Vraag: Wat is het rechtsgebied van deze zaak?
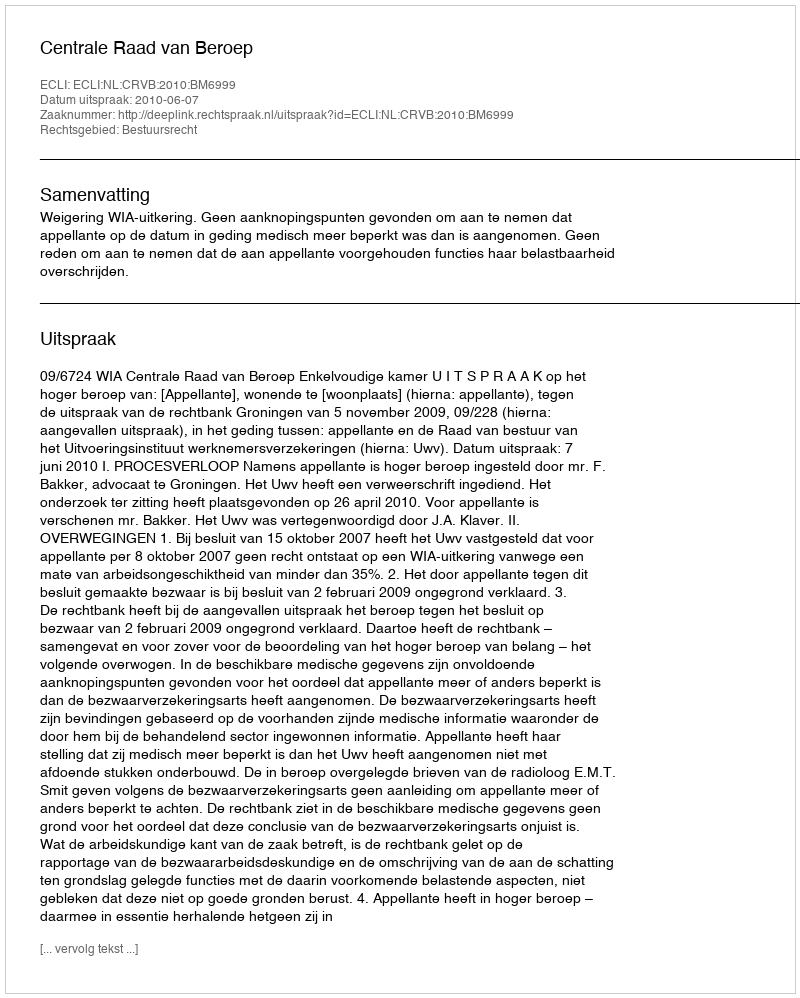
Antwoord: Bestuursrecht